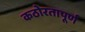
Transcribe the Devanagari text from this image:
कठोरतापूर्ण